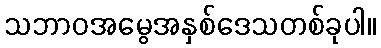
သဘာဝအမွေအနှစ်ဒေသတစ်ခုပါ။